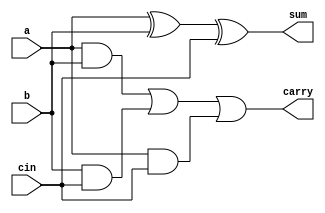
`timescale 1ns / 1ps

module ripplecarryadd(input a,b,cin, output sum,carry );
assign sum = a^b^cin;
assign carry = (a&b)|(b&cin)|(a&cin);
endmodule
module ripple(input [3:0]a,b,output [3:0]sum, output c4);
wire c1,c2,c3;
ripplecarryadd r1(a[0],b[0],cin, sum[0],c1 );
ripplecarryadd r2(a[1],b[2],c1, sum[1],c2 );
ripplecarryadd r3(a[2],b[2],c2, sum[2],c3 );
ripplecarryadd r4(a[3],b[3],c3, sum[3],c4 );
endmodule